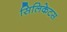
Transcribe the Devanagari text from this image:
सिलिकेटस